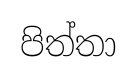
පිත්තා